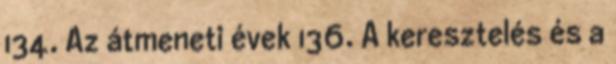
134. Az átmeneti évek 136. A keresztelés és a